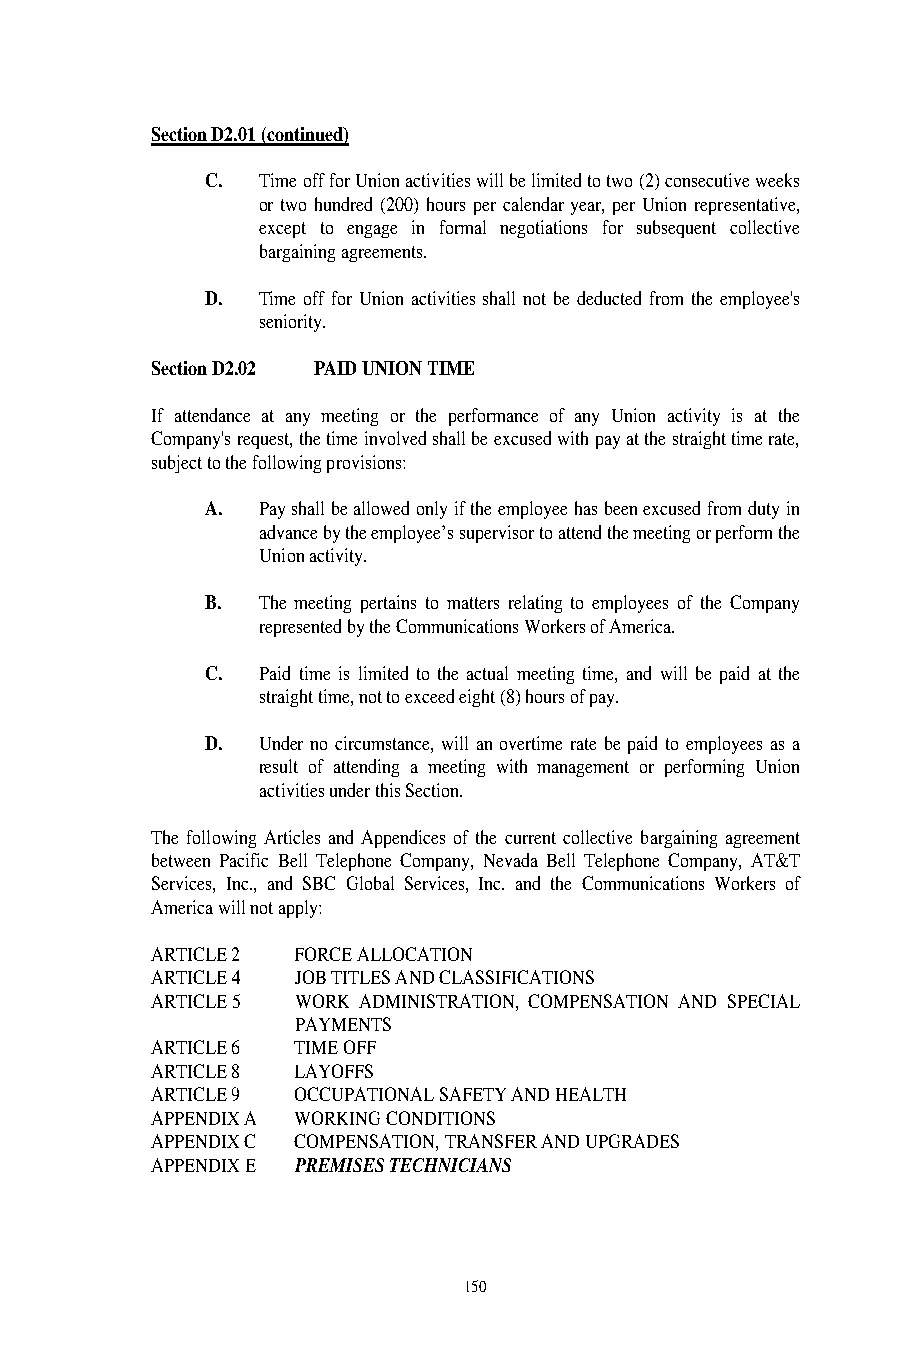
Section D2.01 (continued)                               Section D2.02 (continued)
 C. Time off for Union activities will be limited to two (2) consecutive weeks The following provisions will apply:
 or two hundred (200) hours per calendar year, per Union representative,
 except to engage in formal negotiations for subsequent collective Section D3 CLASSIFICATION OF EMPLOYEES
 bargaining agreements.
 For the purposes of this agreement, all employees hired after the effective date of this
 D. Time off for Union activities shall not be deducted from the employee's agreement, unless otherwise specified by management, will be probationary. Employees
 seniority.                                       will remain probationary for twelve (12) months. Probationary employees may be
 terminated at any time for any reason during the 12-month period.
 Section D2.02 PAID UNION TIME
 Term employees are employees whose employment is for a designated period of time, to
 If attendance at any meeting or the performance of any Union activity is at the be determined by the Company, not to exceed three (3) years. Term employees may be
 Company's request, the time involved shall be excused with pay at the straight time rate, terminated at any time for any reason during their term of employment.
 subject to the following provisions:
 Section D4 SENIORITY
 A. Pay shall be allowed only if the employee has been excused from duty in
 advance by the employee’s supervisor to attend the meeting or perform the Section D4.01
 Union activity.
 Seniority as used in this agreement shall mean Net Credited Service (NCS) with the
 B. The meeting pertains to matters relating to employees of the Company Company as determined by the Benefit Plan Committee.
 represented by the Communications Workers of America.
 Section D4.02
 C. Paid time is limited to the actual meeting time, and will be paid at the
 straight time, not to exceed eight (8) hours of pay. If more than one (1) employee has the same Seniority date, the employee whose last four
 Social Security Number digits comprise the larger number will be treated as if he/she
 D. Under no circumstance, will an overtime rate be paid to employees as a were more senior. If two (2) employees with the same NCS date, also have the same last
 result of attending a meeting with management or performing Union four (4) Social Security Number digits, revert to the middle two (2) digits of the Social
 activities under this Section.                   Security Number to determine the most senior employee, with the higher number treated
 as most senior.
 The following Articles and Appendices of the current collective bargaining agreement
 between Pacific Bell Telephone Company, Nevada Bell Telephone Company, AT&T D5 TIME OFF
 Services, Inc., and SBC Global Services, Inc. and the Communications Workers of
 America will not apply:                                 Section D5.01 PAID HOLIDAYS
 ARTICLE 2 FORCE ALLOCATION                              Seven (7) paid holidays (“Recognized Holidays”) shall be observed as follows:
 ARTICLE 4 JOB TITLES AND CLASSIFICATIONS
 ARTICLE 5 WORK ADMINISTRATION, COMPENSATION AND SPECIAL     New Year’s Day
 PAYMENTS                                          Memorial Day
 ARTICLE 6 TIME OFF                                          Independence Day
 ARTICLE 8 LAYOFFS                                           Labor Day
 ARTICLE 9 OCCUPATIONAL SAFETY AND HEALTH                    Thanksgiving Day
 APPENDIX A WORKING CONDITIONS                               Day After Thanksgiving
 APPENDIX C COMPENSATION, TRANSFER AND UPGRADES              Christmas Day
 APPENDIX E PREMISES TECHNICIANS
 150                                                     151